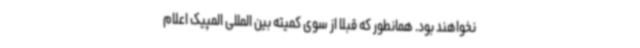
نخواهند بود. همانطور که قبلا از سوی کمیته بین المللی المپیک اعلام